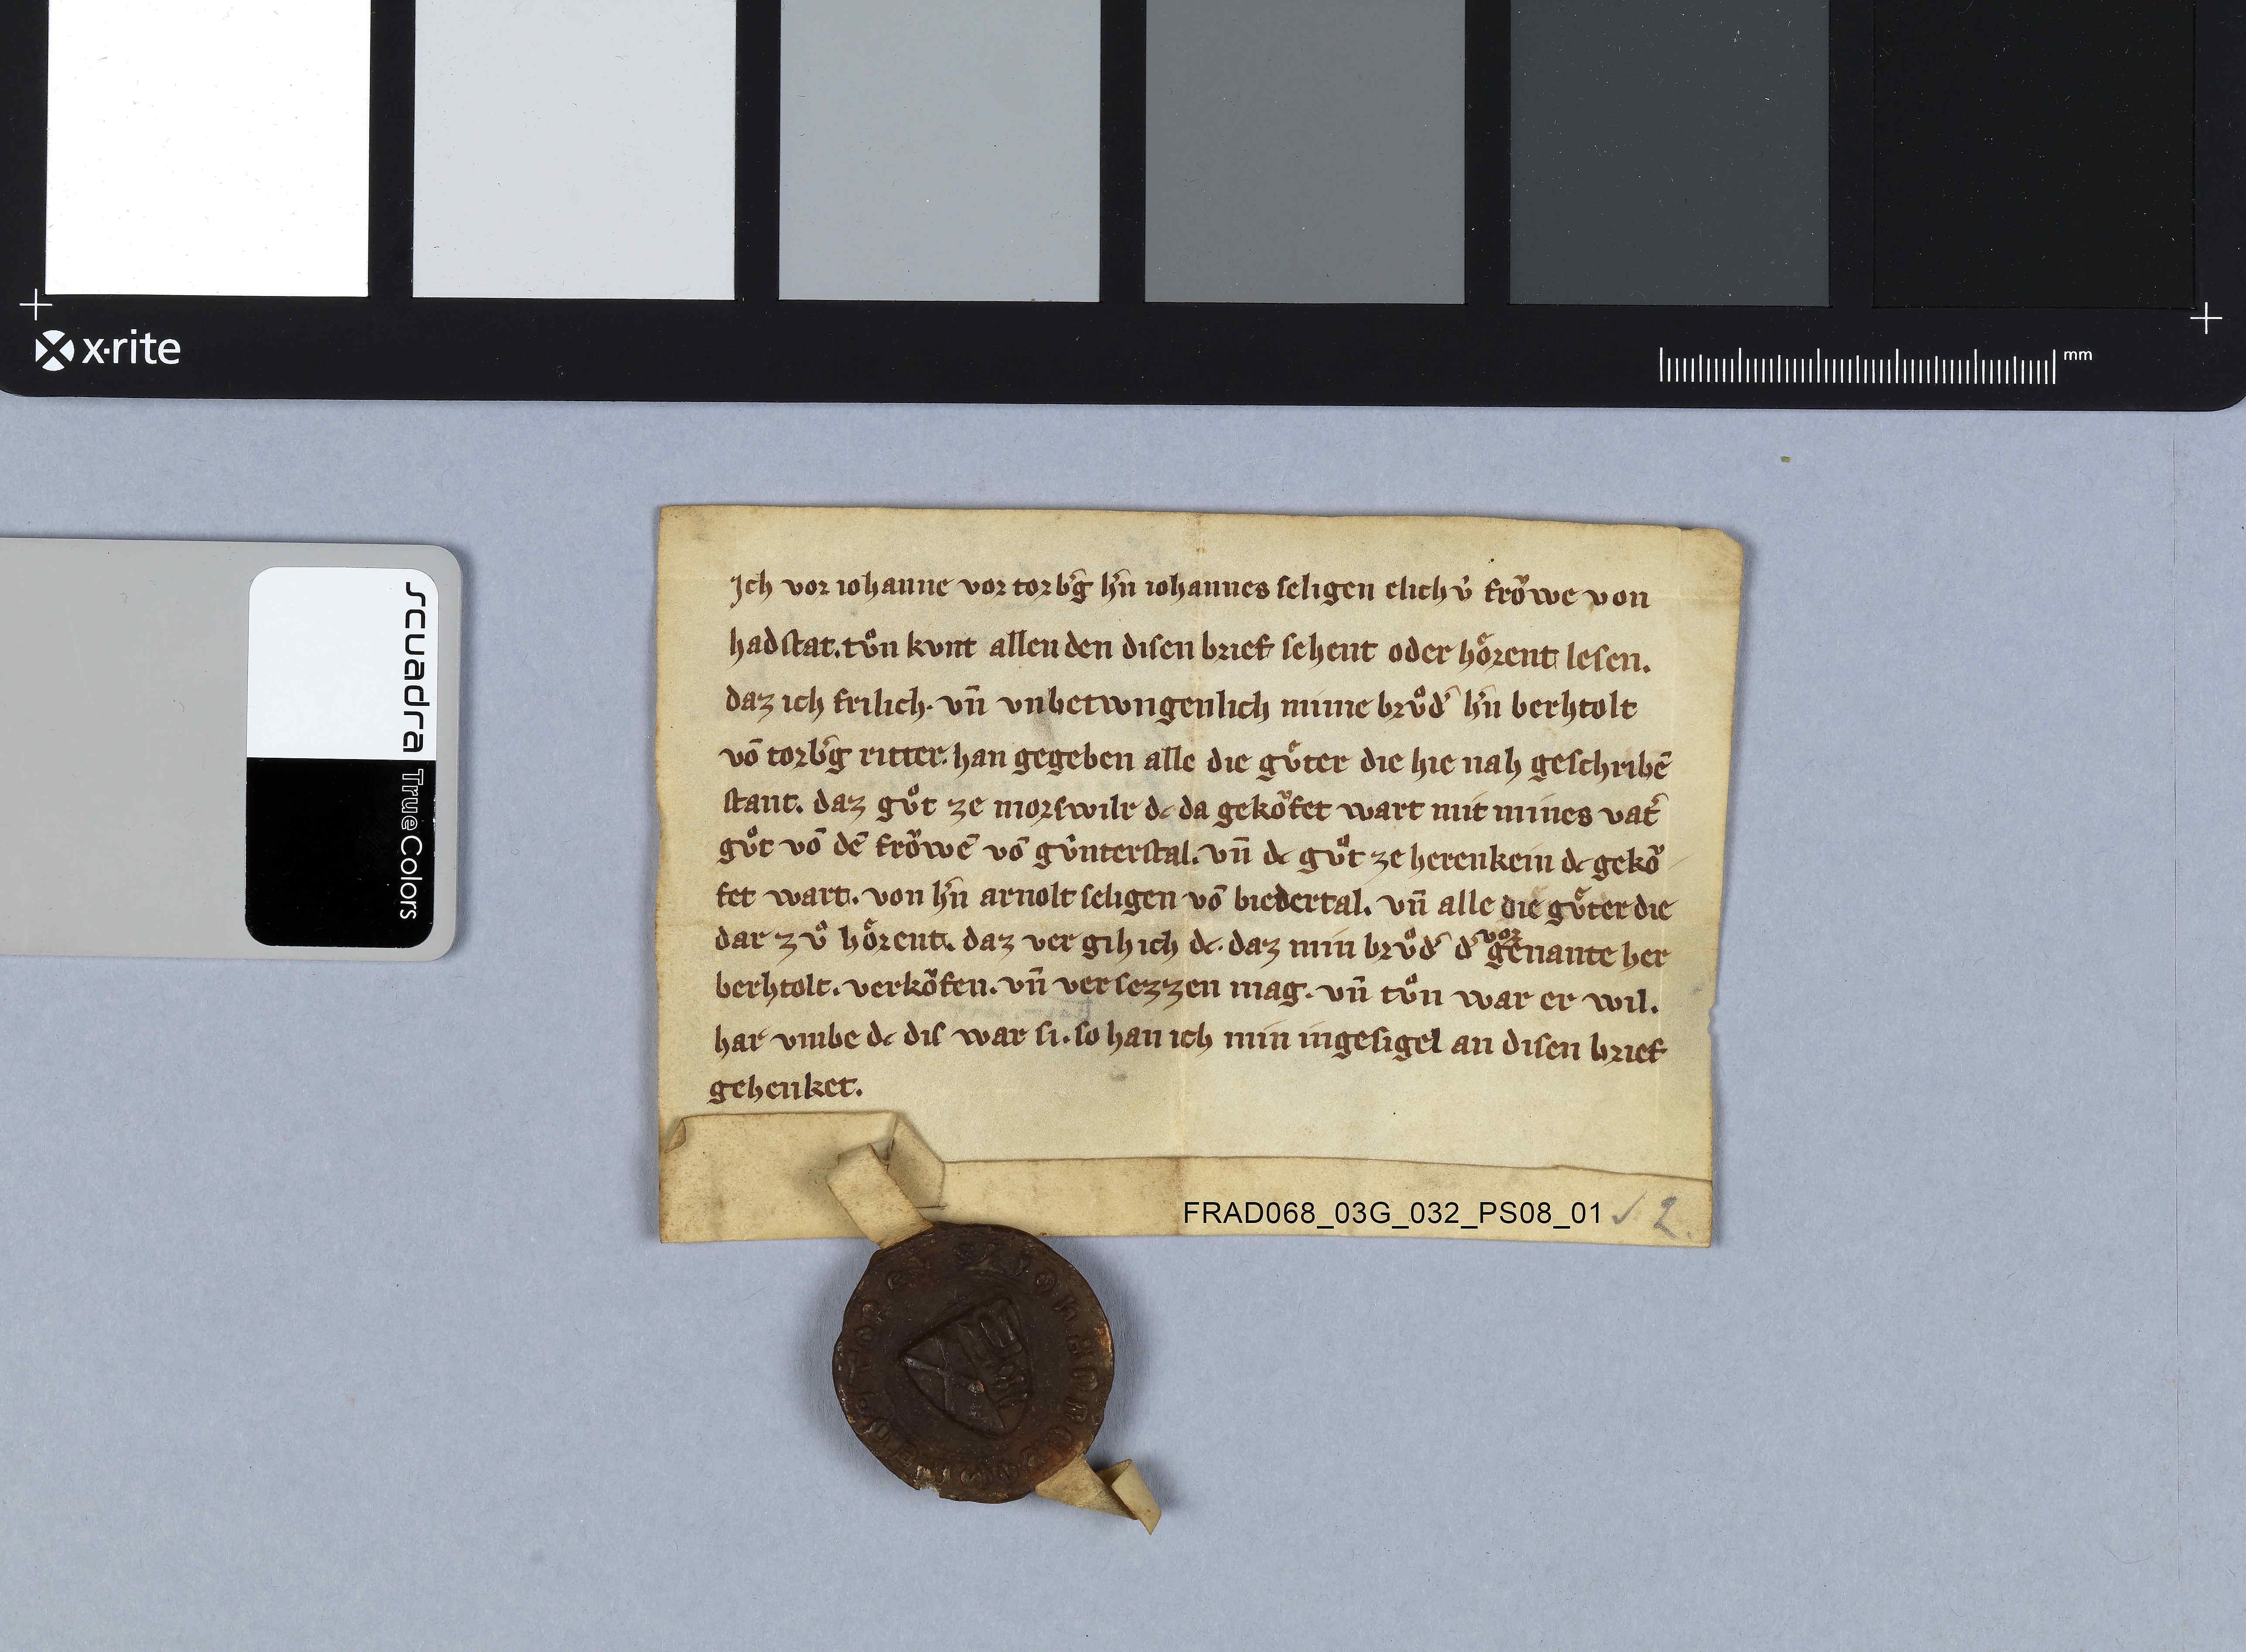
Ich vor Johanne vor Torbˀg hˀn Johannes seligen elichù froͧwe von
Hadstat ✳ tuͦn kunt allen den disen brief sehent oder hoͤrent lesen ✳
daz ich frilich ✳ un̄ unbetwngenlich mine bruͦdˀ hˀn Berhtolt
vō Torbˀg ritter ✳ han gegeben alle die guͤter die hie nah geschribē
stant ✳ daz guͦt ze Morswilr dc da gekoͧfet wart mit mines vatˀ
guͦt vō dē froͧwē vō Gûnterstal ✳ un̄ dc guͦt ze Herenkein dc gekoͧ-
fet wart ✳ von hˀn Arnolt seligen vō Biedertal ✳ un̄ alle die guͤter die
dar zuͦ hoͤrent ✳ daz vergih ich dc ✳ daz min bruͦdˀ dˀ
vor
genante her
Berhtolt ✳ verkoͧfen ✳ un̄ versezzen mag ✳ un̄ tuͦn war er wil ✳
har umbe dc dis war si ✳ so han ich min ingesigel an disen brief
gehenket.